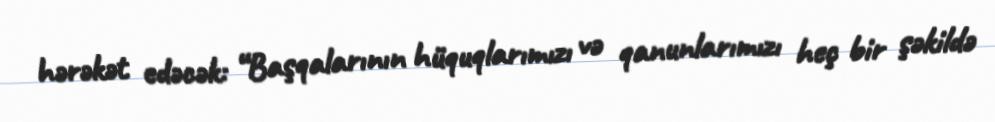
hərəkət edəcək: “Başqalarının hüquqlarımızı və qanunlarımızı heç bir şəkildə